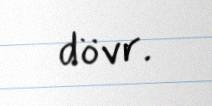
dövr.